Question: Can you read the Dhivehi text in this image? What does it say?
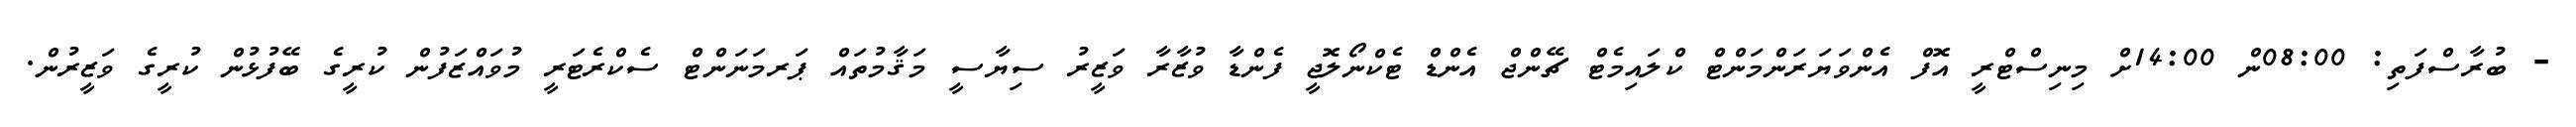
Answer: - ބުރާސްފަތި: 08:00ން 14:00ށް މިނިސްޓްރީ އޮފް އެންވަޔަރަންމަންޓް ކްލައިމެޓް ޗޭންޖް އެންޑް ޓެކްނޯލޮޖީ ފެންޑާ ވުޒާރާ ވަޒީރު ސިޔާސީ މަޤާމުތައް ޕަރމަނަންޓް ސެކްރެޓަރީ މުވައްޒަފުން ކުރީގެ ބޭފުޅުން ކުރީގެ ވަޒީރުން.